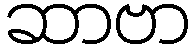
ဆာဗာ